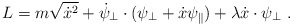
\begin{align*}L = m\sqrt{\dot x^2} + \dot\psi_\perp\cdot(\psi_\perp + \dot x\psi_\parallel) + \lambda\dot x\cdot\psi_\perp \ .\end{align*}